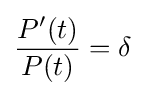
{\frac {P'(t)}{P(t)}}=\delta